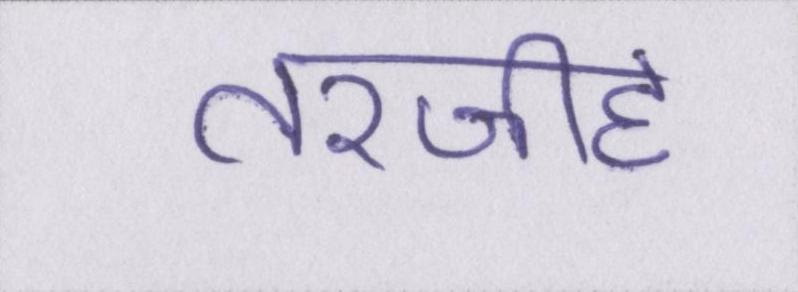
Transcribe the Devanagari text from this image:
तरजीह